Report on horse surra - Volume I
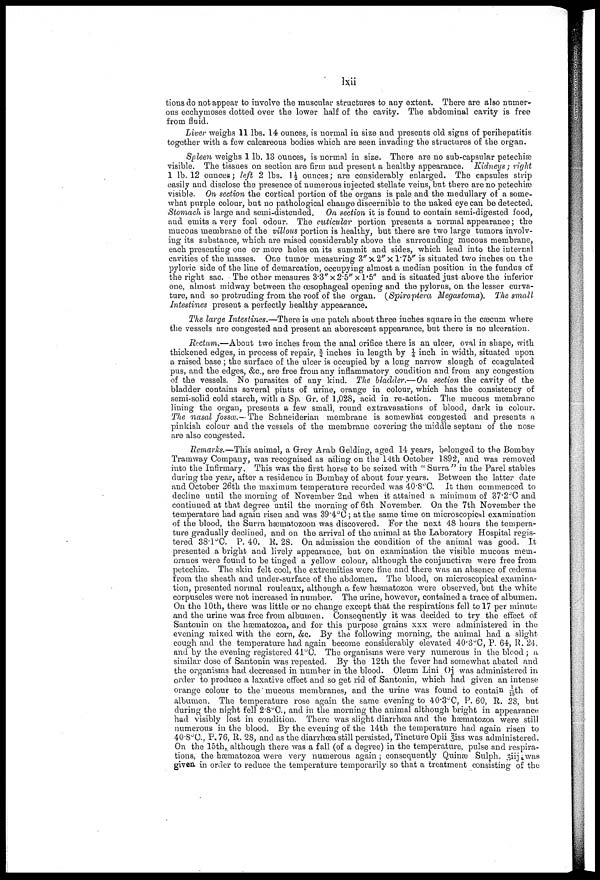
lxii
tions do not appear to involve the muscular structures to any extent. There are also numer-
ous ecchymoses dotted over the lower half of the cavity. The abdominal cavity is free
from fluid.
Liver weighs 11 lbs. 14 ounces, is normal in size and presents old signs of perihepatitis
together with a few calcareous bodies which are seen invading the structures of the organ.
Spleen weighs 1 lb. 18 ounces, is normal in size. There are no sub-capsular petechias
visible. The tissues on section are firm and present a healthy appearance. Kidneys ; right
1 lb. 12 ounces; left 2 lbs. 1½ ounces; are considerably enlarged. The capsules strip
easily and disclose the presence of numerous injected stellate veins, but there are no petechias
visible. On section the cortical portion of the organs is pale and the medullary of a some-
what purple colour, but no pathological change discernible to the naked eye can be detected.
Stomach is large and semi-distended. On section it is found to contain semi-digested food,
and emits a very foul odour. The cuticular portion presents a normal appearance; the
mucous membrane of the villous portion is healthy, but there are two large tumors involv-
ing its substance, which are raised considerably above the surrounding mucous membrane,
each presenting one or more holes on its summit and sides, which lead into the internal
cavities of the masses. One tumor measuring 3" x 2" x 1.75" is situated two inches on the
pyloric side of the line of demarcation, occupying almost a median position in the fundus of
the right sac. The other measures 3.3"× 2.5" × 1.5" and is situated just above the inferior
one, almost midway between the œsophageal opening and the pylorus, on the lesser curva-
ture, and so protruding from the roof of the organ. (Spiroptera Megastoma). The small
Intestines present a perfectly healthy appearance.
The large Intestines.—There is one patch about three inches square in the caecum where
the vessels are congested and present an aborescent appearance, but there is no ulceration.
Rectum.—About two inches from the anal orifice there is an ulcer, oval in shape, with
thickened edges, in process of repair, ¾ inches in length by ¼ inch in width, situated upon
a raised base ; the surface of the ulcer is occupied by a long narrow slough of coagulated
pus, and the edges, &c., are free from any inflammatory condition and from any congestion
of the vessels. No parasites of any kind. The bladder.— On section the cavity of the
bladder contains several pints of urine, orange in colour, which has the consistency of
semi-solid cold starch, with a Sp. GR. of 1,028, acid in re-action. The mucous membrane
lining the organ, presents a few small, round extravasations of blood, dark in colour.
The nasal fossæ.— The Schneiderian membrane is somewhat congested and presents a
pinkish colour and the vessels of the membrane covering the middle septum of the nose
are also congested.
Remarks.—This animal, a Grey Arab Gelding, aged 14 years, belonged to the Bombay
Tramway Company, was recognised as ailing on the 14th October 1892, and was removed
into the Infirmary. This was the first horse to be seized with " Surra" in the Parel stables
during the year, after a residence in Bombay of about four years. Between the latter date
and October 26th the maximum temperature recorded was 40.8°C. It then commenced to
decline until the morning of November 2nd when it attained a minimum of 37.2°C and
continued at that degree until the morning of 6th November. On the 7th November the
temperature had again risen and was 39.4°C ; at the same time on microscopical examination
of the blood, the Surra hæmatozoon was discovered. For the next 48 hours the tempera-
ture gradually declined, and on the arrival of the animal at the Laboratory Hospital regis-
tered 38.1°C. P. 40. R. 28. On admission the condition of the animal was good. It
presented a bright and lively appearance, but on examination the visible mucous mem-
oranes were found to be tinged a yellow colour, although the conjunctivas were free from
petechias. The skin felt cool, the extremities were fine and there was an absence of œdema
from the sheath and under-surface of the abdomen. The blood, on microscopical examina-
tion, presented normal rouleaux, although a few hæmatozoa were observed, but the white
corpuscles were not increased in number. The urine, however, contained a trace of albumen.
On the 10th, there was little or no change except that the respirations fell to 17 per minute
and the urine was free from albumen. Consequently it was decided to try the effect of
Santonin on the hæmatozoa, and for this purpose grains xxx were administered in the
evening mixed with the corn, &c. By the following morning, the animal had a slight
cough and the temperature had again become considerably elevated 40.3°C, P. 64, R. 24,
and by the evening registered 41°C. The organisms were very numerous in the blood ; a
similar dose of Santonin was repeated. By the 12th the fever had somewhat abated and
the organisms had decreased in number in the blood. Oleum Lini ()j was administered in
order to produce a laxative effect and so get rid of Santonin, which had given an intense
orange colour to the' mucous membranes, and the urine was found to contain 1/18th of
albumen. The temperature rose again the same evening to 40.3°C, P. 60, R. 28, but
during the night fell 2.8°C., and in the morning the animal although bright in appearance
had visibly lost in condition. There was slight diarrhœa and the hæmatozoa were still
numerous in the blood. By the evening of the 14th the temperature had again risen to
40.8°C, P. 76, R. 28, and as the diarrhœa still persisted, Tincture Opii 3iss was administered.
On the 15th, although there was a fall (of a degree) in the temperature, pulse and respira-
tions, the hæmatozoa were very numerous again; consequently Quinæ Sulph. 3iij was
given in order to reduce the temperature temporarily so that a treatment consisting of the